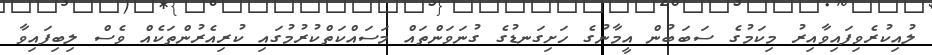
ލުއިކުރެވިފައިވާއިރު މިކަމުގެ ސަބަބުން އީމާނުގެ ހަށިގަނޑުގެ ގުނަވަންތައް މަސައްކަތްކުރުމުގައި ކުރިއެރުންތަކެއް ވެސް ލިބިފައިވާ